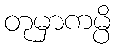
တုမှာကမ္ပိ